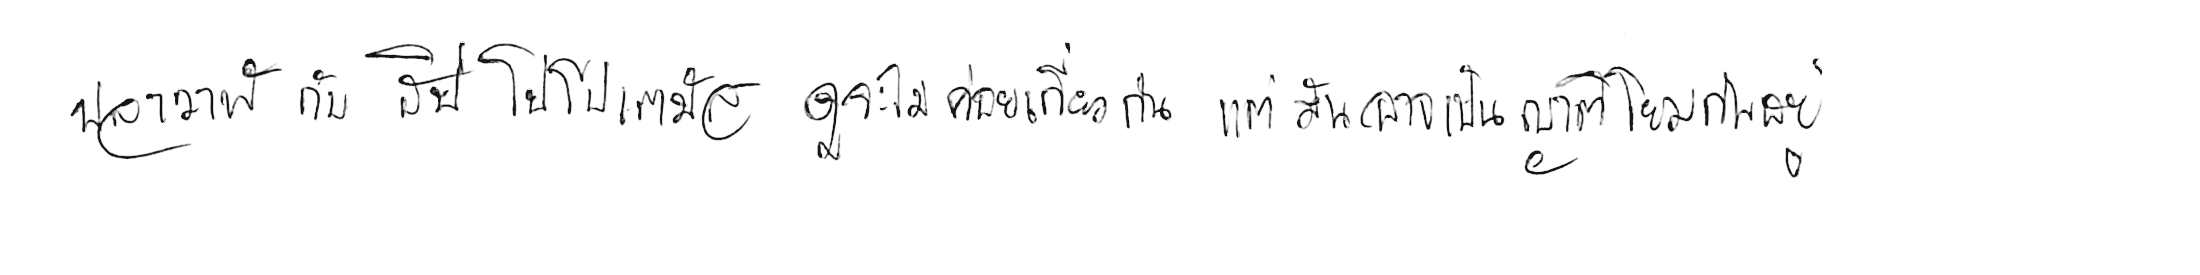
ปลาวาฬ กับ ฮิปโปโปเตมัส ดูจะไม่ค่อยเกี่ยวกัน แต่มันอาจเป็นญาติโยมกันอยู่